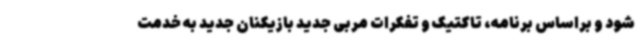
شود و براساس برنامه، تاکتیک و تفکرات مربی جدید بازیکنان جدید به خدمت